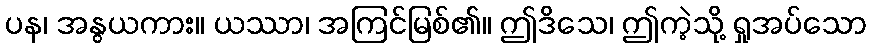
ပန၊ အနွယကား။ ယဿာ၊ အကြင်မြစ်၏။ ဤဒိသေ၊ ဤကဲ့သို့ ရှုအပ်သော